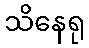
သိနေရု